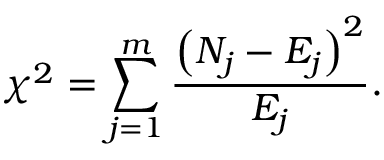
\chi ^ { 2 } = \sum _ { j = 1 } ^ { m } \frac { \left( N _ { j } - E _ { j } \right) ^ { 2 } } { E _ { j } } .